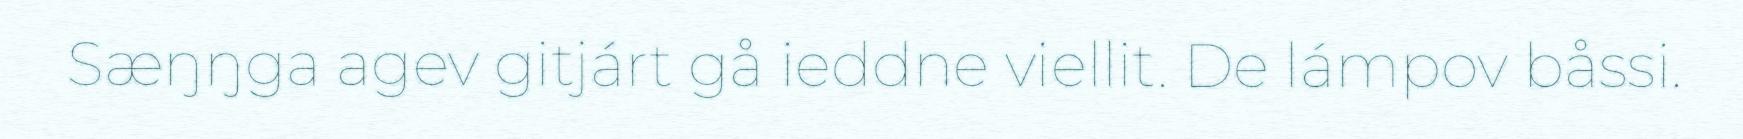
Sæŋŋga agev gitjárt gå ieddne viellit. De lámpov båssi.